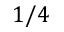
1 / 4